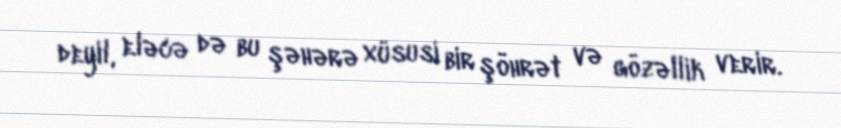
deyil, eləcə də bu şəhərə xüsusi bir şöhrət və gözəllik verir.